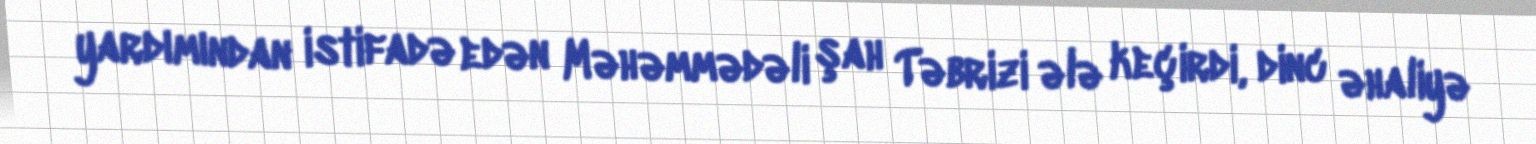
yardımından istifadə edən Məhəmmədəli şah Təbrizi ələ keçirdi, dinc əhaliyə